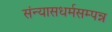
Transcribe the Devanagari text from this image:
संन्यासधर्मसम्पन्न